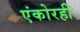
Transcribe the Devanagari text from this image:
एंकोरही